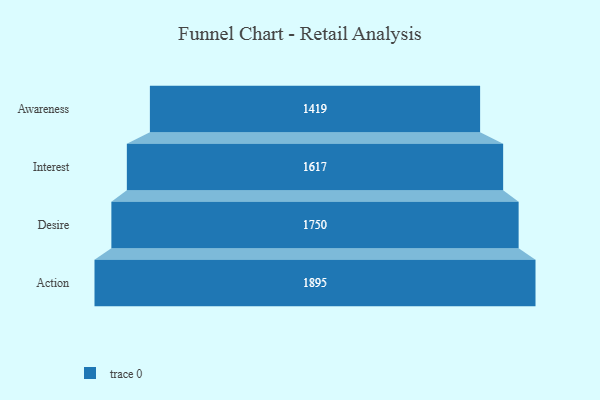
{"axis": {"x": "Stage", "y": "Value"}, "legend": [""], "data": [{"x": "Awareness", "y": 1419.0, "type": ""}, {"x": "Interest", "y": 1617.0, "type": ""}, {"x": "Desire", "y": 1750.0, "type": ""}, {"x": "Action", "y": 1895.0, "type": ""}]}